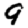
Digit: 9